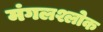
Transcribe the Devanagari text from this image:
मंगलश्लोक